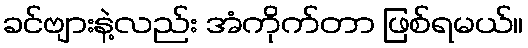
ခင်ဗျားနဲ့လည်း အံကိုက်တာ ဖြစ်ရမယ်။